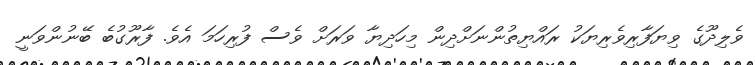
ވެލިދޫގެ ވިޔަފާރިވެރިޔަކު ރައްޔިތުންނަށްދިން މިހަދިޔާ ވަރަށް ވެސް ފުރިހަމަ އެވެ. ފާރޫގުބެ ބޭނުންވަނީ